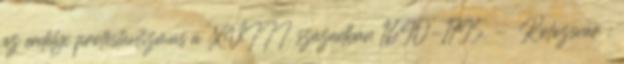
az erdélyi protestantizmus a XVIII. században 1690-1795. - Kolozsvár :